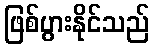
ဖြစ်ပွားနိုင်သည်